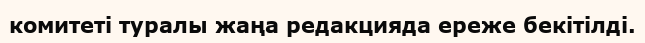
комитеті туралы жаңа редакцияда ереже бекітілді.